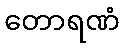
တောရဏံ